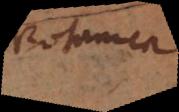
Botanica